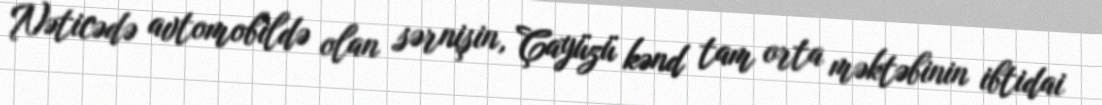
Nəticədə avtomobildə olan sərnişin, Çayüzü kənd tam orta məktəbinin ibtidai